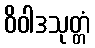
ဝိဝါဒသုတ္တံ